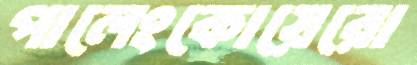
পালেংকোয়েরো